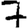
Digit: 7